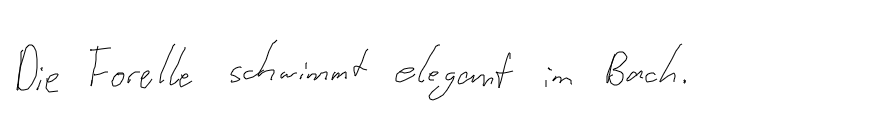
Die Forelle schwimmt elegant im Bach.